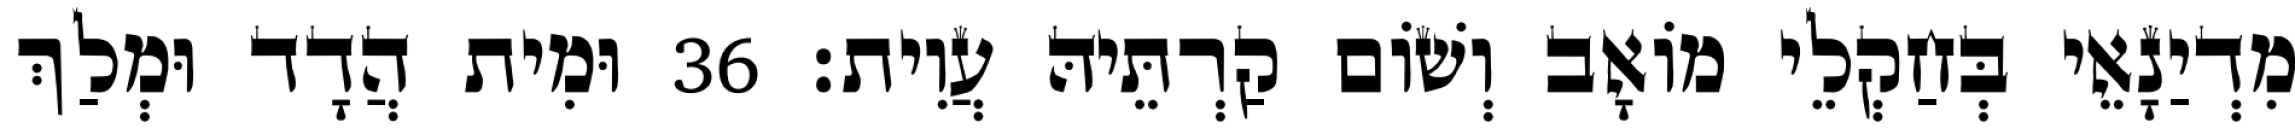
מִדְיַנָאֵי בְּחַקְלֵי מוֹאָב וְשׁוֹם קַרְתֵּיהּ עֲוִית׃ 36 וּמִית הֲדָד וּמְלַךְ